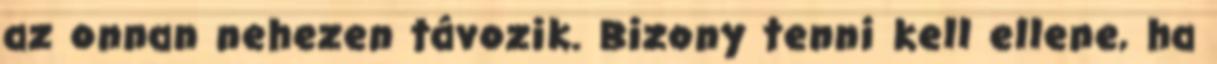
az onnan nehezen távozik. Bizony tenni kell ellene, ha